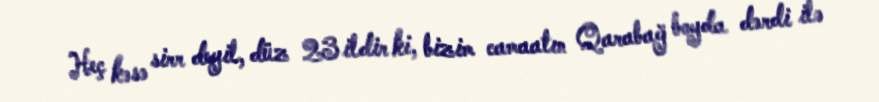
Heç kəsə sirr deyil, düz 23 ildir ki, bizim camaatın Qarabağ boyda dərdi ilə